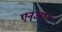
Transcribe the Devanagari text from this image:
एन्‌आर